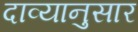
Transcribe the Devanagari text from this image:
दाव्यानुसार